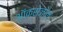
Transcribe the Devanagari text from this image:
ऑक्सेज़ोल